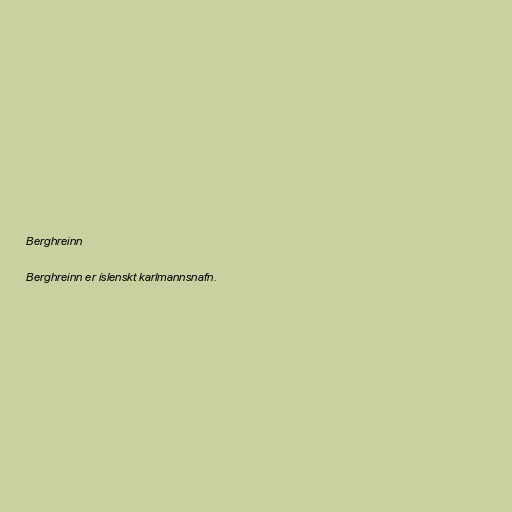
Berghreinn

Berghreinn er íslenskt karlmannsnafn.